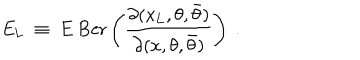
LaTeX: E _ { \mathrm { L } } \ \equiv \ E \ \mathrm { B e r } \left( { \frac { \partial ( x _ { \mathrm { L } } , \theta , \bar { \theta } ) } { \partial ( x , \theta , \bar { \theta } ) } } \right) \ .